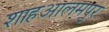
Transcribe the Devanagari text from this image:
शाहआलमपुर